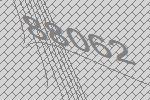
88062